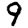
Digit: 9